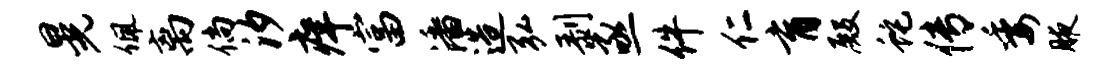
晃佩离倘汐痒富潘造弘剥亟件仁育殿蛇传委腋